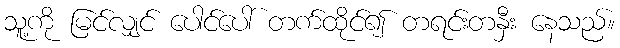
သူ့ကို မြင်လျှင် ပေါင်ပေါ် တက်ထိုင်၍ တရင်းတနှီး နေသည်။